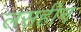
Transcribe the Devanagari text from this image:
लसहीन